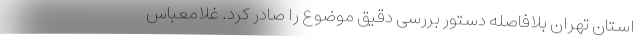
استان تهران بلافاصله دستور بررسی دقیق موضوع را صادر کرد. غلامعباس